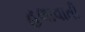
હલાવાતી